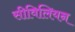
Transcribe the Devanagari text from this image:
सीविलियन